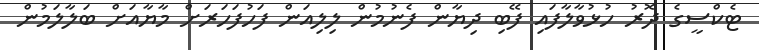
ޓެކްސީގެ ދޮރު ހުޅުވާލާފައި ފޭބި ދިޔާން ފެނުމުން ލިލިއަން ފަހުފަހަރަށް މާޔާއަށް ބަލާލަމުން